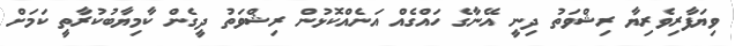
ވިޔަފާރިވެރިޔާ ރިޝްވަތު ދިނީ އޭނާގެ ހައްގެއް އަނެއްކޮޅުން ރިޝްވަތު ދީގެން ކާމިޔާބުކުރާތީ ކަމަށް